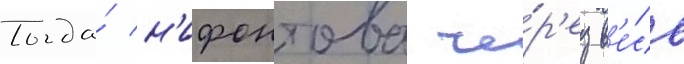
Тогда́ н'ифонтова че́р'ез в'е́сь